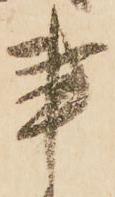
事